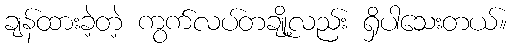
ချန်ထားခဲ့တဲ့ ကွက်လပ်တချို့လည်း ရှိပါသေးတယ်။